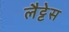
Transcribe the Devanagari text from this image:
लैट्टेस